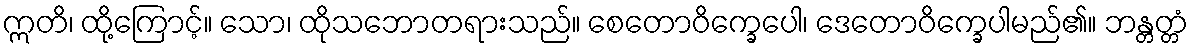
ဣတိ၊ ထို့ကြောင့်။ သော၊ ထိုသဘောတရားသည်။ စေတောဝိက္ခေပေါ၊ ဒေတောဝိက္ခေပါမည်၏။ ဘန္တတ္တံ